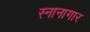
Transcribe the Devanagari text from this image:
स्‍नानागार